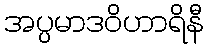
အပ္ပမာဒဝိဟာရိနီ